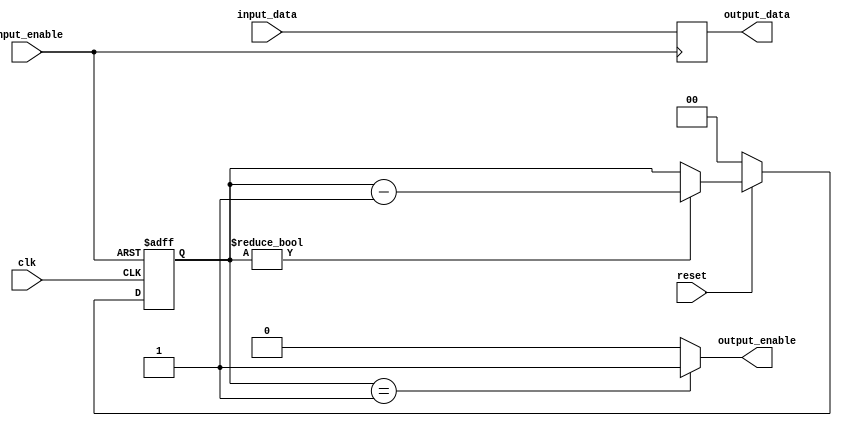
/*
 * iCEstick LPC TPM Sniffer (bufferdomain.v)
 * 
 * buffer domain
 */
module bufferdomain #(parameter AW = 8)(
    input wire clk,
    input wire reset,                       // active low
    input wire [AW - 1:0] input_data,
    input wire input_enable,
    output reg [AW - 1:0] output_data,
    output reg output_enable
);

    // registers
	reg [1:0] counter;

    // synchronous logic
	always @(posedge input_enable)
    begin
		if (input_enable)
        begin
			output_data <= input_data;
		end
	end

	always @(posedge clk or posedge input_enable)
    begin
		if (input_enable)
        begin
			counter <= 2'd2;
		end else
        begin
			if (~reset)
            begin
				counter <= 2'd0;
			end else begin
				if (counter != 2'd0)
					counter <= counter - 1'd1;
			end
		end
	end

	always @(*)
    begin
		if (counter == 2'd1)
			output_enable = 1'b1;
		else
			output_enable = 1'b0;
	end

endmodule